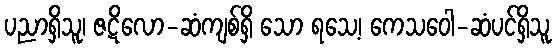
ပညာရှိသူ၊ ဇဋိလော-ဆံကျစ်ရှိ သော ရသေ့၊ ကေသဝေါ-ဆံပင်ရှိသူ